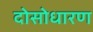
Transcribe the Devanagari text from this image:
दोसोधारण